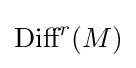
{\text{Diff}}^{r}(M)